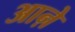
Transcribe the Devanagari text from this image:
आऩे